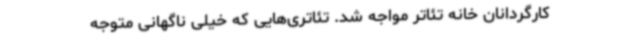
کارگردانان خانه تئاتر مواجه شد. تئاتری‌هایی که خیلی ناگهانی متوجه